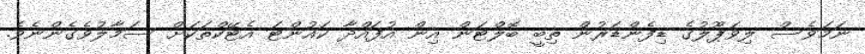
ނަމަވެސް ލިވަޕޫލުގެ ޑިފެންޑަރުން ތިބީ ބޮލްޓަން އިން އުފައްދާ ކައުންޓަ އެޓޭކްތަކަށް ސަމާލުވެގެންނެވެ.